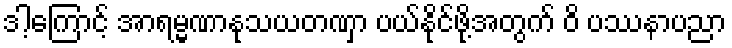
ဒါ့ကြောင့် အာရမ္မဏာနုသယတဏှာ ပယ်နိုင်ဖို့အတွက် ဝိ ပဿနာပညာ